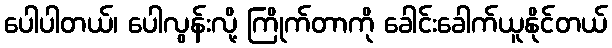
ပေါပါတယ်၊ ပေါလွန်းလို့ ကြိုက်တာကို ခေါင်းခေါက်ယူနိုင်တယ်